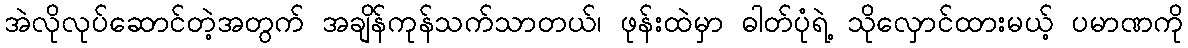
အဲလိုလုပ်ဆောင်တဲ့အတွက် အချိန်ကုန်သက်သာတယ်၊ ဖုန်းထဲမှာ ဓါတ်ပုံရဲ့ သိုလှောင်ထားမယ့် ပမာဏကို